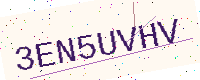
Text: 3EN5UVHV